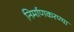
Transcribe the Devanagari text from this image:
निर्माणकरण्या